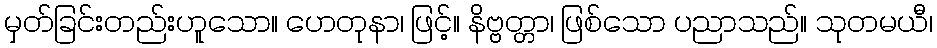
မှတ်ခြင်းတည်းဟူသော။ ဟေတုနာ၊ ဖြင့်။ နိဗ္ဗတ္တာ၊ ဖြစ်သော ပညာသည်။ သုတမယီ၊